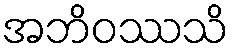
အဘိဝဿသိ